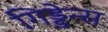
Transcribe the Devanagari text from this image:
गिड्डेन्स